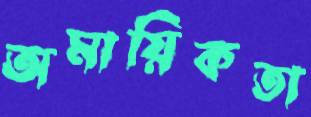
অমায়িকতা